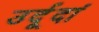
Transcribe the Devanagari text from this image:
उर्दूदां